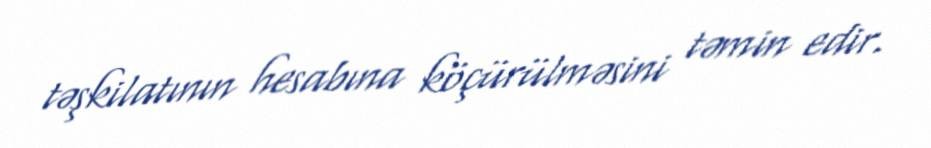
təşkilatının hesabına köçürülməsini təmin edir.